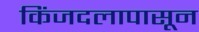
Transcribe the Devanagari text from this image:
किंजदलापासून